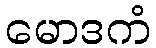
မောဒကံ